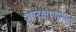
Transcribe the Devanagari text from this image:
आरक्षणातील